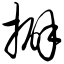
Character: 擗